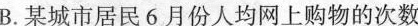
B.某城市居民6月份人均网上购物的次数